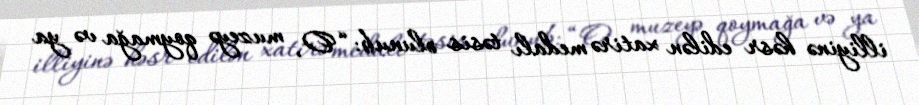
illiyinə həsr edilən xatirə medalı təsis olunub: “O, muzeyə qoymağa və ya